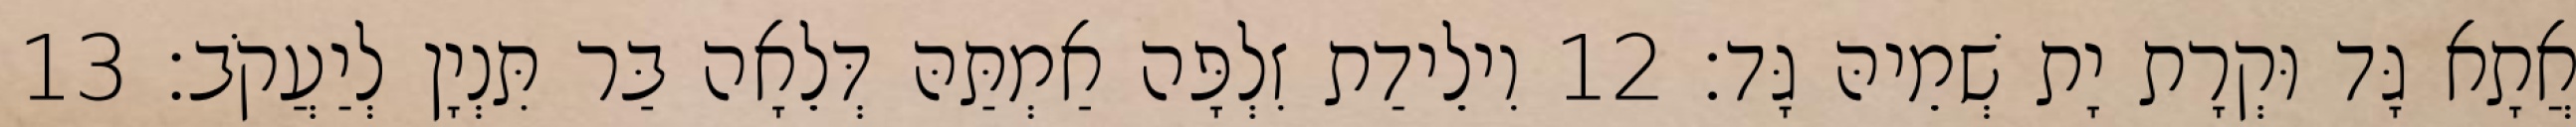
אֲתָא גָּד וּקְרָת יָת שְׁמֵיהּ גָּד׃ 12 וִילֵידַת זִלְפָּה אַמְתַּהּ דְּלֵאָה בַּר תִּנְיָן לְיַעֲקֹב׃ 13